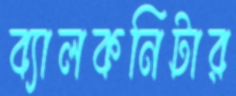
ব্যালকনিটার